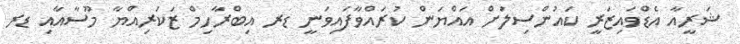
ޝަރީއާ އެޑްވައިޒަރީ ކައުންސިލަށް އައްޔަން ކުރައްވާފައިވަނީ ޑރ އިބްރާހިމް ޒަކަރިއްޔާ މޫސާއާއި ޑރ